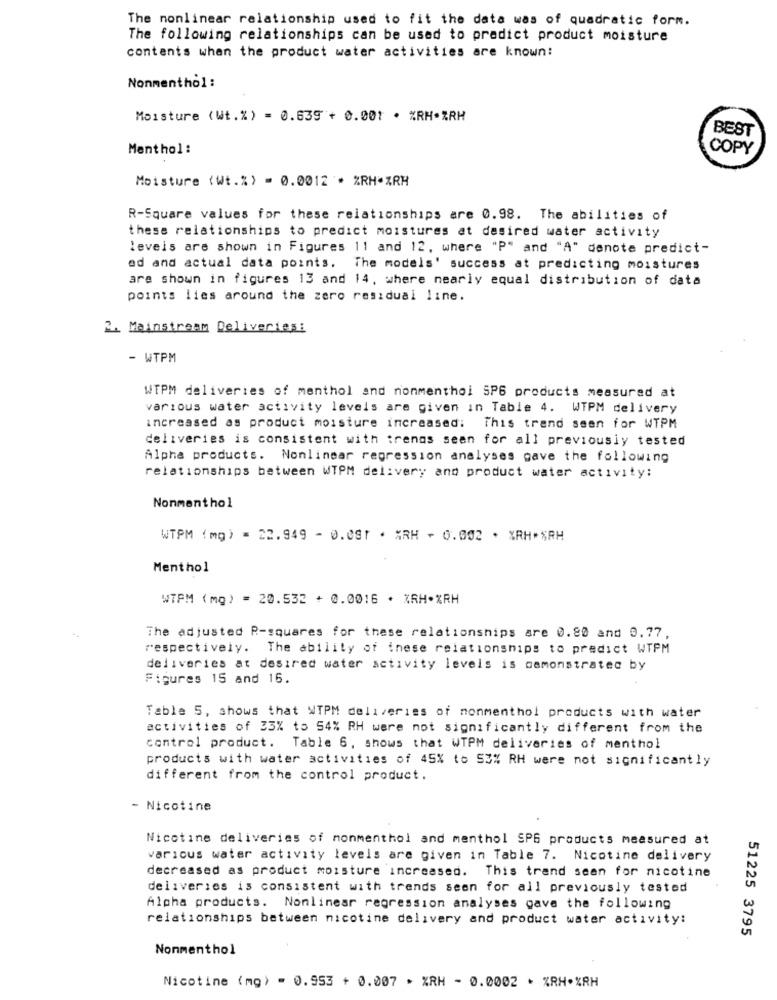
The nonlinear relationship used to fit the data was of quadratic form.
The following relationships can be used to predict product moisture
contents when the product water activities are known:
Nonmenthol :
Moisture (Wt.%) = 0.639 + 0.001 · %RH·%RH
BEST
Menthol:
COPY
Moisture (Wt.%) = 0.0012 * %RH*ZRH
R-Square values for these relationships are 0.98. The abilities of
these relationships to predict moistures at desired water activity
levels are shown in Figures 11 and 12, where "P" and "A" denote predict-
ed and actual data points. The models' success at predicting moistures
are shown in figures 13 and 14, where nearly equal distribution of data
points lies around the zero residual line.
2. Mainstream Deliveries:
- WTPM
WTPM deliveries of menthol and nonmenthol SP6 products measured at
various water activity levels are given in Table 4. WTPM delivery
increased as product moisture increased: This trend seen for WTPM
deliveries is consistent with trenas seen for all previously tested
Alpha products. Nonlinear regression analyses gave the following
relationships between WTPM delivery and product water activity:
Nonmenthol
WTPM (mg) = 22.949 - 0.0ST . %RH - 0.002 . %RH ** RH
Menthol
WTPM (mg) = 20.532 + 0.0016 . ZRH*%RH
The adjusted P-squares for these relationships are 0.80 and 0.77,
respectively. The ability of these relationships to predict WTPM
deliveries at desired water activity levels is demonstrated by
Figures 15 and 16.
Table 5, shows that WTPM deliveries of nonmenthol products with water
activities of 33% to 54% RH were not significantly different from the
control product. Table 6, shows that WTPM deliveries of menthol
products with water activities of 45% to 53% RH were not significantly
different from the control product.
- Nicotine
Nicotine deliveries of monmenthol and menthol SPS products measured at
various water activity levels are given in Table 7. Nicotine delivery
decreased as product moisture increased. This trand seen for nicotine
deliveries is consistent with trends seen for all previously tested
Alpha products. Nonlinear regression analyses gave the following
relationships between nicotine delivery and product water activity:
51225 3795
Nonmenthol
Nicotine (mg) = 0.953 + 0.007 * %RH - 0.0002 * %RH·%RH